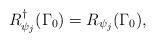
LaTeX: \begin{align*}R_{\psi _{j}}^{\dagger }(\Gamma _{0})=R_{\psi _{j}}(\Gamma _{0}),\end{align*}